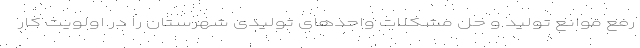
رفع موانع تولید و حل مشکلات واحدهای تولیدی شهرستان را در اولویت کار